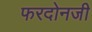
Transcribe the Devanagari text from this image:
फरदोनजी